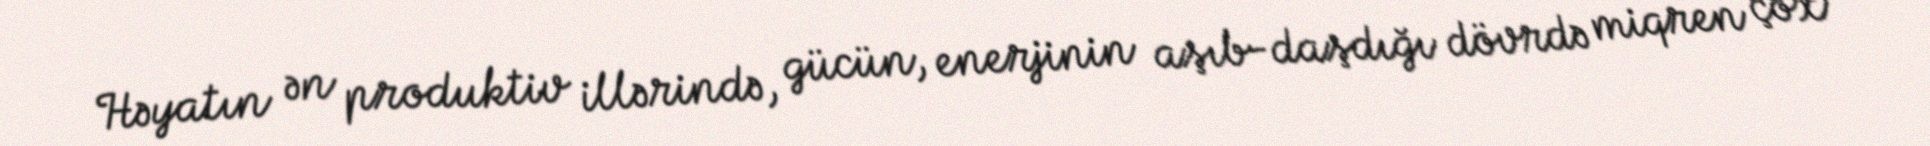
Həyatın ən produktiv illərində, gücün, enerjinin aşıb-daşdığı dövrdə miqren çox